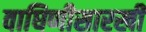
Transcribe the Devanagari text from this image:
वाघिणीसारखी